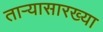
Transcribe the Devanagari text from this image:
ताऱ्यासारख्या